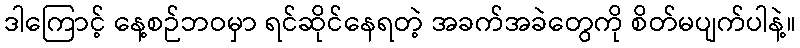
ဒါကြောင့် နေ့စဉ်ဘဝမှာ ရင်ဆိုင်နေရတဲ့ အခက်အခဲတွေကို စိတ်မပျက်ပါနဲ့။